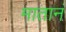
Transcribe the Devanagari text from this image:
मातानं